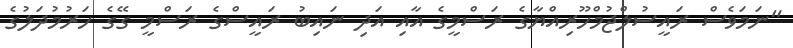
"ނަމަވެސް ރައީސުލްޖުމްހޫރިއްޔާގެ ރަސްމީގެ އާއި އަދި ނައިބު ރައީސްގެ ރަސްމީ ގޭގެ ހަރުމުދަލުގެ